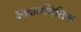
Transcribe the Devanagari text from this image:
आकारमितिक